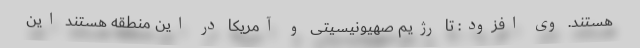
هستند. وی افزود: تا رژیم صهیونیسیتی و آمریکا در این منطقه هستند این